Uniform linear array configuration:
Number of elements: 24
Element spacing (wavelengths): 1
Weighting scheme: hann
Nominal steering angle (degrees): -45
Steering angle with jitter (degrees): -43.508
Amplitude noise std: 0.05
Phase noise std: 0.05

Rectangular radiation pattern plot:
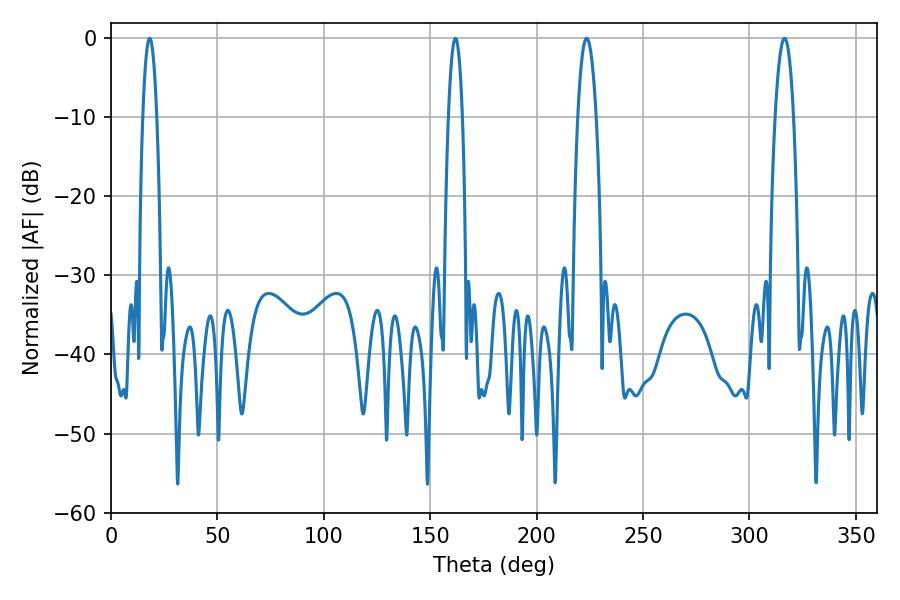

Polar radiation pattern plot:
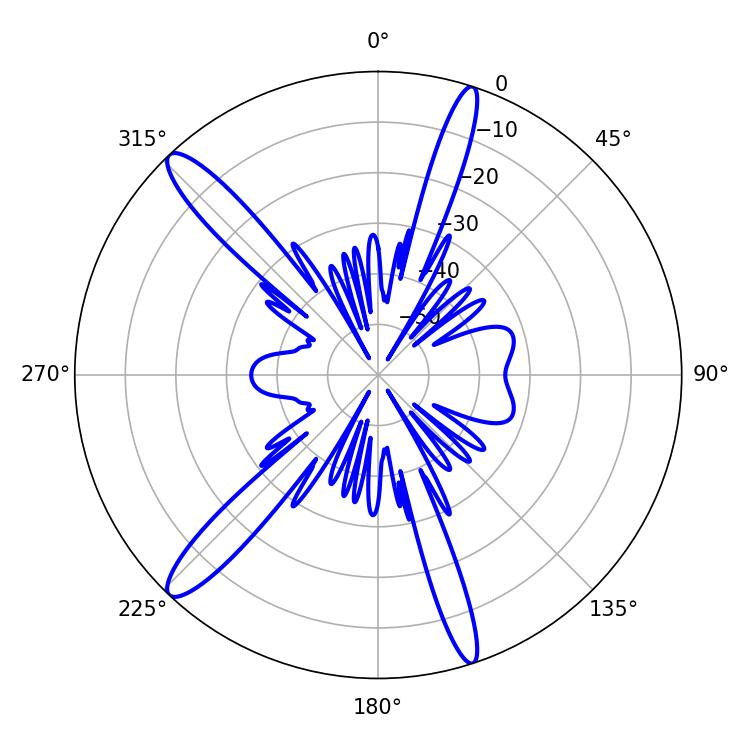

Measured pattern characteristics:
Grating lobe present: TRUE
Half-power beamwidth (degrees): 3.6
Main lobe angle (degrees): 18.18